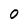
Character: 0